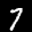
Label: 7